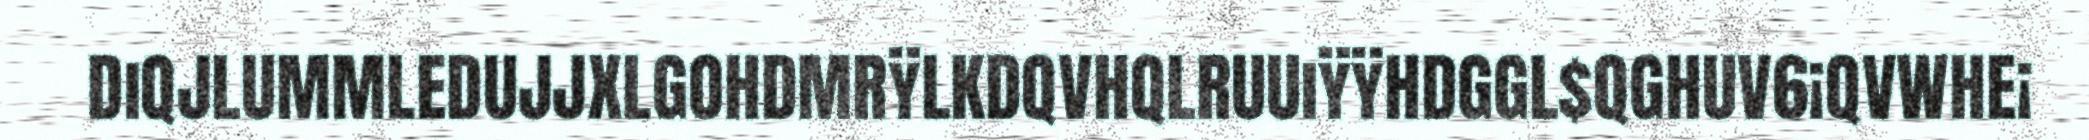
DiQJLUMMLEDUJJXLGOHDMRÿLKDQVHQLRUUiÿÿHDGGL$QGHUV6¡QVWHE¡